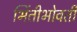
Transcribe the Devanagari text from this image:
भिंतीभोवती